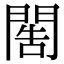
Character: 𨴬